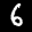
Label: 6